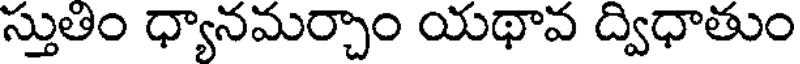
స్తుతిం ధ్యానమర్చాం యథావ ద్విధాతుం